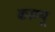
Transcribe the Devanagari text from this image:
काम्पू